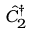
\hat { C } _ { 2 } ^ { \dagger }